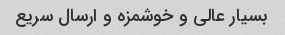
بسیار عالی و خوشمزه و ارسال سریع